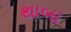
થાબા